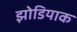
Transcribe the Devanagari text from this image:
झोडियाक